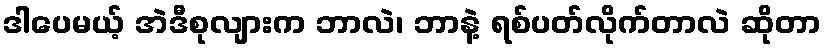
ဒါပေမယ့် အဲဒီစုလျားက ဘာလဲ၊ ဘာနဲ့ ရစ်ပတ်လိုက်တာလဲ ဆိုတာ